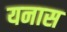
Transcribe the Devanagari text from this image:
यनास